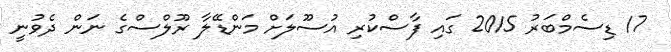
17 ޑިސެމްބަރު 2015 ގައި ފާސްކުރި އުސޫލަށް މަންޑޭލާ ރޫލްސްގެ ނަން ދެވުނީ